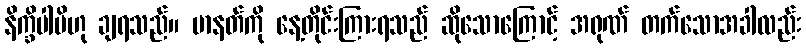
နိက္ခိပါမိဟု ချရသည်။ မာနတ်ကို နေ့တိုင်းကြားရသည် ဆိုသောကြောင့် အရုဏ် တက်သောအခါလည်း